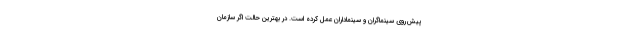
پیش‌روی سینماگران و سینماداران عمل کرده است. در بهترین حالت اگر سازمان